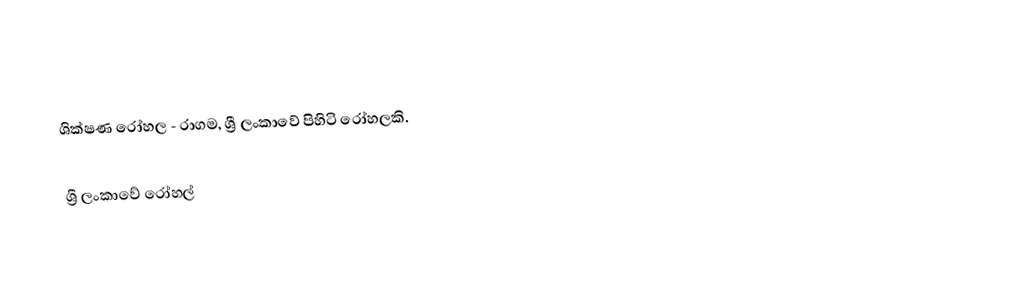
ශික්ෂණ රෝහල - රාගම, ශ්‍රී ලංකාවේ පිහිටි රෝහලකි.

ශ්‍රී ලංකාවේ රෝහල්